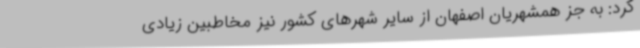
کرد: به جز همشهریان اصفهان از سایر شهرهای کشور نیز مخاطبین زیادی